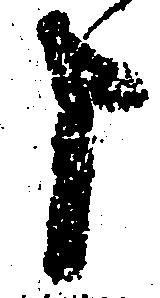
申